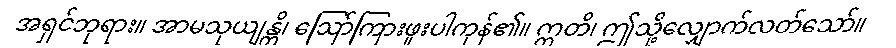
အရှင်ဘုရား။ အာမသုယျန္တိ၊ ဩော်ကြားဖူးပါကုန်၏။ ဣတိ၊ ဤသို့လျှောက်လတ်သော်။